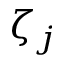
\zeta _ { j }